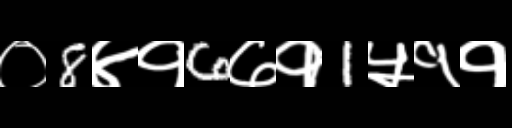
Text: ०8४१6७१1५११